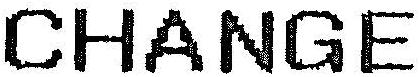
CHANGE